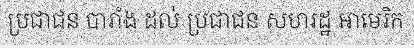
ប្រជាជន បារាំង ដល់ ប្រជាជន សហរដ្ឋ អាមេរិក